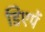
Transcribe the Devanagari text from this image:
डिएपें